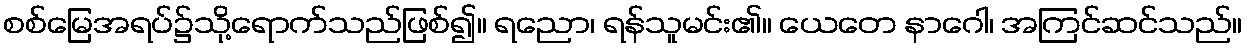
စစ်မြေအရပ်၌သို့ရောက်သည်ဖြစ်၍။ ရညော၊ ရန်သူမင်း၏။ ယေတေ နာဂေါ၊ အကြင်ဆင်သည်။